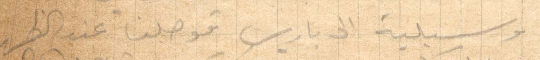
مرسيلية الى باريس فوصلنا عند الظهر